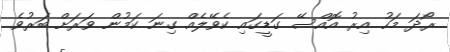
ރޯދަ މަހު އިރު އޮއްސޭ ގަޑީގައި ކެވޭލެއް ގިނަ ކަމުން ވަރަށް ބަރުވެ